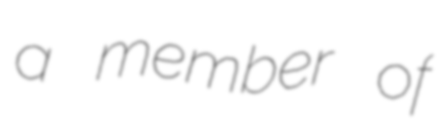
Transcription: a member of